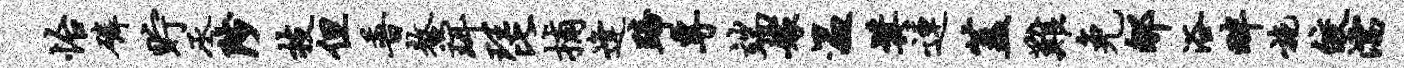
怡磷贮丞陟技但普鳌珥琵捕逢蹄专端嫁温奖连盖难免郇浴畔施皎濡